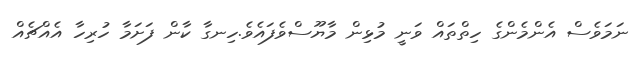
ނަމަވެސް އެންމެންގެ ހިތްތައް ވަނީ މުޅިން މާޔޫސްވެފައެވެ.ހިނގާ ކާން ފަށަމާ ހުރިހާ އެއްޗެއް